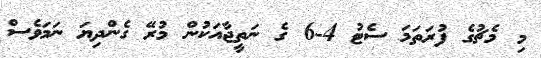
މި މެޗުގެ ފުރަތަމަ ސެޓު 4-6 ގެ ނަތީޖާއަކުން މުރޭ ގެންދިޔަ ނަމަވެސް